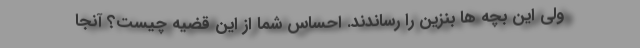
ولی این بچه ها بنزین را رساندند. احساس شما از این قضیه چیست؟ آنجا